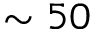
\sim 5 0